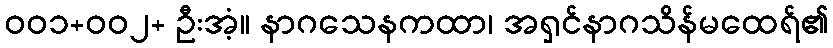
၀၀၁+၀၀၂+ ဦးအံ့။ နာဂသေနကထာ၊ အရှင်နာဂသိန်မထေရ်၏